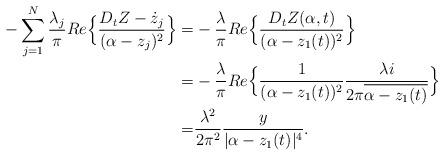
LaTeX: \begin{align*}-\sum_{j=1}^N \frac{\lambda_j}{\pi} Re\Big\{\frac{D_tZ-\dot{z}_j}{(\alpha-z_j)^2}\Big\}=&-\frac{\lambda}{\pi}Re\Big\{ \frac{D_tZ(\alpha,t)}{(\alpha-z_1(t))^2}\Big\}\\=&-\frac{\lambda}{\pi}Re\Big\{ \frac{1}{(\alpha-z_1(t))^2}\frac{\lambda i}{2\pi\overline{\alpha-z_1(t)}}\Big\}\\=& \frac{\lambda^2}{2\pi^2} \frac{y}{|\alpha-z_1(t)|^4}.\end{align*}